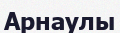
Арнаулы